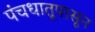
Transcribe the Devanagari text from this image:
पंचधातूपासून